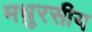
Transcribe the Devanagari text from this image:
मधुरसीय